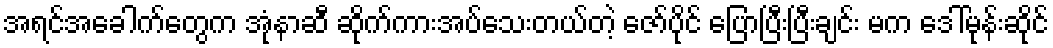
အရင်အခေါက်တွေက အုံနာဆီ ဆိုက်ကားအပ်သေးတယ်တဲ့ ဇော်ပိုင် ပြောပြီးပြီးချင်း မက ဒေါ်မုန်းဆိုင်